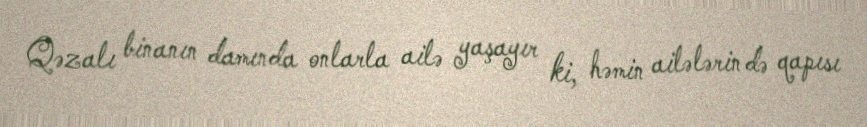
Qəzalı binanın damında onlarla ailə yaşayır ki, həmin ailələrin də qapısı